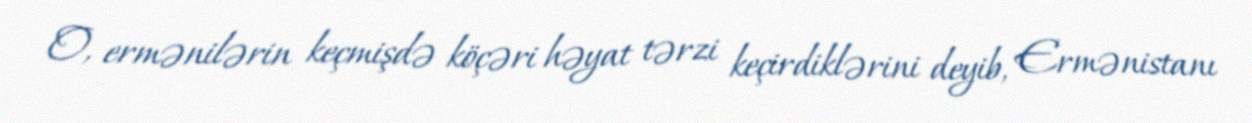
O, ermənilərin keçmişdə köçəri həyat tərzi keçirdiklərini deyib, Ermənistanı